Report of the King Institute of Preventive Medicine, Guindy
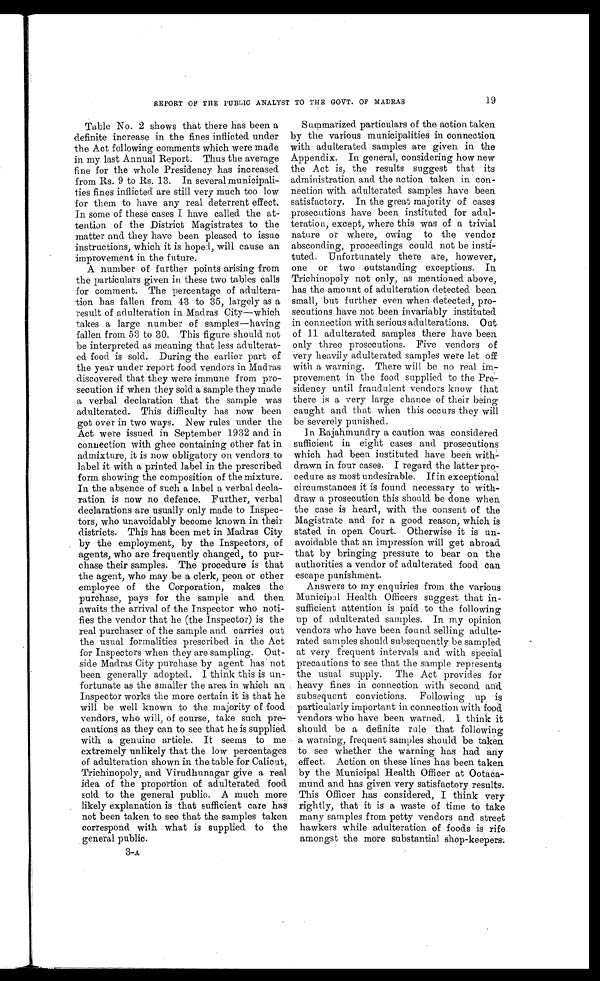
19
REPORT OF THE PUBLIC ANALYST TO THE GOVT. OF MADRAS
Table No. 2 shows that there has been a
definite increase in the fines inflicted under
the Act following comments which were made
in my last Annual Report. Thus the average
fine for the whole Presidency has increased
from Rs. 9 to Rs. 13. In several municipali--
ties fines inflicted are still very much too low
for them to have any real deterrent effect.
In some of these cases I have called the at-
tention of the District Magistrates to the
matter and they have been pleased to issue
instructions, which it is hoped, will cause an
improvement in the future.
A number of further points arising from
the particulars given in these two tables calls
for comment. The percentage of adultera-
- t i o n h a s f a l l e n f r o m 4 3 t o 3 5 , l a r g e l y a s a
result of adulteration in Madras City—which
takes a large number of samples—having
fallen from 53 to 30. This figure should not
be interpreted as meaning that less adulterat
- e d f o o d i s s o l d . D u r i n g t h e e a r l i e r p a r t o f
the year under report food. vendors in Madras
discovered that they were immune from pro--
secution if when they sold a sample they made
a verbal declaration that the sample was
adulterated. This difficulty has now been
got over in two ways. New rules under the
Act were issued in September 1932 and in
connection with ghee containing other fat in
admixture, it is now obligatory on vendors to
label it with a printed label in the prescribed
form showing the composition of the mixture.
In the absence of such a label a verbal decla--
ration is now no defence. Further, verbal
declarations are usually only made to Inspec--
tors, who unavoidably become known in their
districts. This has been met in Madras City
by the employment, by the Inspectors, of
agents, who are frequently changed, to pur--
chase their samples, The procedure is that
the agent, who may be a clerk, peon or other
employee of the Corporation, makes the
purchase, pays for the sample and then
awaits the arrival of the Inspector who noti-
- f i e s t h e v e n d o r t h a t h e ( t h e I n s p e c t o r ) i s t h e
real purchaser of the sample and carries out
the usual formalities prescribed in the Act
for Inspectors when they are sampling. Out--
side Madras City purchase by agent has not
been generally adopted. I think this is un
- f o r t u n a t e a s t h e s m a l l e r t h e a r e a i n w h i c h a n
Inspector works the more certain it is that he
will be well known to the majority of food
vendors, who will, of course, take such pre-
cautions as they can to see that he is supplied.
with a genuine article. It seems to me
extremely unlikely that the low percentages
of adulteration shown in the table for Calicut,
Trichinopoly, and Virudhunagar give a real
idea of the proportion of adulterated food
sold to the general public. A much more
. likely explanation is that sufficient care has
not been taken to see that the samples taken
correspond with what is supplied to the
general public.
3-A
Summarized particulars of the action taken
by the various municipalities in connection.
with adulterated. samples are given in the
Appendix. In general, considering how new
the Act is, the results suggest that its
administration and the action taken in con--
nection with adulterated samples have been
satisfactory. In the great majority of cases
prosecutions have been instituted for adul--
teration, except, where this was of a trivial
nature or where, owing to the vendor
absconding, proceedings could not be insti--
tuted. Unfortunately there are, however,
one or two outstanding exceptions. In
Trichinopoly not only, as mentioned above,
has the amount of adulteration detected been
small, but further even when detected, pro--
secutions have not been invariably instituted
in connection with serious adulterations. Out
of 11 adulterated samples there have been
only three prosecutions. Five vendors of
very heavily adulterated samples were let off
with a warning. There will be no real im-
provement in the food supplied to the Pre--
sidency until fraudulent vendors know that
there is a very large chance of their being
caught and that when this occurs they will
be severely punished.
In Rajahmundry a caution was considered
sufficient in eight cases and prosecutions
which had been instituted have been with
-drawn in four cases. I regard the latter pro--
cedure as most undesirable. If in exceptional
circumstances it is found necessary to with--
draw a prosecution this should be done when
the case is heard, with the consent of the
Magistrate and for a good reason, which is
stated in open Court. Otherwise it is un--
avoidable that an impression will get abroad
that by bringing pressure to bear on the
authorities a vendor of adulterated food can
escape punishment.
Answers to my enquiries from the various
Municipal Health Officers suggest that in-
sufficient attention is paid to the following
up of adulterated samples. In my opinion
vendors who have been found selling adulte--
rated samples should subsequently be sampled
at very frequent intervals and. with special
precautions to see that the sample represents
the usual supply. The Act provides for
heavy fines in connection with second and
subsequent convictions. Following up is
particularly important in connection with food
vendors who have been warned. I think it
should be a definite rale that following
a warning, frequent samples should be taken
to see whether the warning has had any
effect. Action on these lines has been taken
by the Municipal Health Officer at Ootaca--
mund and has given very satisfactory results.
This Officer has considered, I think very
rightly, that it is a waste of time to take
many samples from petty vendors and street
hawkers while adulteration of foods is rife
amongst the more substantial shop-keepers.